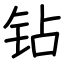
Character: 钻